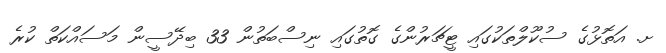
ށ. އަތޮޅުގެ ސުކޫލްތަކުގައި ޓީޗަރުންގެ ގޮތުގައި ނިސްބަތުން 33 ބިދޭސީން މަސައްކަތް ކުރެ